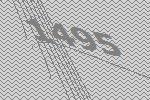
1495